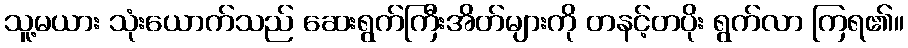
သူ့မယား သုံးယောက်သည် ဆေးရွက်ကြီးအိတ်များကို တနင့်တပိုး ရွက်လာ ကြရ၏။